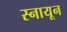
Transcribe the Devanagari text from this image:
स्नायून